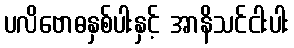
ပလိဗောဓနှစ်ပါးနှင့် အာနိသင်ငါးပါး